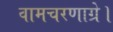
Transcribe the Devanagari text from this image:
वामचरणाग्रे।